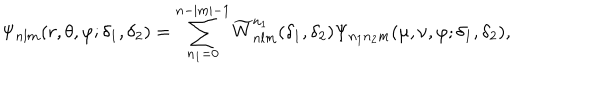
\Psi _ { n l m } ( r , \theta , \varphi ; \delta _ { 1 } , \delta _ { 2 } ) = \sum _ { n _ { 1 } = 0 } ^ { n - | m | - 1 } \widetilde W _ { n l m } ^ { n _ { 1 } } ( \delta _ { 1 } , \delta _ { 2 } ) \Psi _ { n _ { 1 } n _ { 2 } m } ( \mu , \nu , \varphi ; \delta _ { 1 } , \delta _ { 2 } ) ,